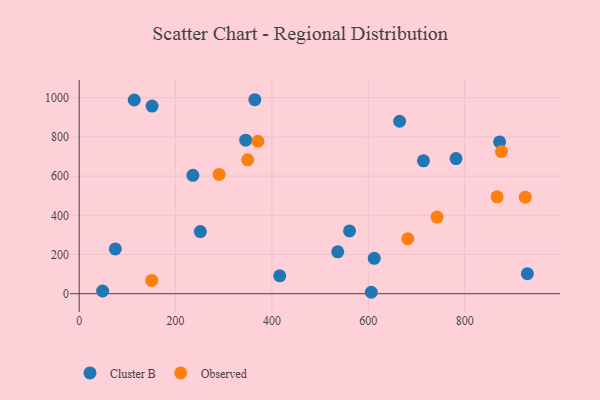
{"axis": {"x": "Study Hours", "y": "Exam Score"}, "legend": ["Cluster B", "Observed"], "data": [{"x": "235.9", "y": 603.9, "type": "Cluster B"}, {"x": "612.3", "y": 180.7, "type": "Cluster B"}, {"x": "251.4", "y": 317.2, "type": "Cluster B"}, {"x": "665.0", "y": 880.0, "type": "Cluster B"}, {"x": "714.5", "y": 677.8, "type": "Cluster B"}, {"x": "782.1", "y": 689.3, "type": "Cluster B"}, {"x": "48.6", "y": 13.7, "type": "Cluster B"}, {"x": "74.9", "y": 228.7, "type": "Cluster B"}, {"x": "872.5", "y": 774.6, "type": "Cluster B"}, {"x": "114.2", "y": 988.3, "type": "Cluster B"}, {"x": "930.2", "y": 102.1, "type": "Cluster B"}, {"x": "345.6", "y": 783.1, "type": "Cluster B"}, {"x": "536.6", "y": 213.5, "type": "Cluster B"}, {"x": "416.2", "y": 91.4, "type": "Cluster B"}, {"x": "561.1", "y": 320.3, "type": "Cluster B"}, {"x": "151.2", "y": 957.5, "type": "Cluster B"}, {"x": "606.3", "y": 7.3, "type": "Cluster B"}, {"x": "364.5", "y": 989.7, "type": "Cluster B"}, {"x": "867.4", "y": 494.2, "type": "Observed"}, {"x": "349.6", "y": 683.1, "type": "Observed"}, {"x": "876.5", "y": 725.1, "type": "Observed"}, {"x": "150.5", "y": 67.6, "type": "Observed"}, {"x": "370.9", "y": 777.9, "type": "Observed"}, {"x": "290.4", "y": 608.6, "type": "Observed"}, {"x": "925.9", "y": 492.4, "type": "Observed"}, {"x": "682.1", "y": 280.3, "type": "Observed"}, {"x": "742.8", "y": 391.1, "type": "Observed"}]}